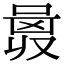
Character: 𠷛